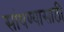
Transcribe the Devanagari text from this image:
सांधण्यासाठी